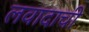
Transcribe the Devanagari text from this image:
लवादाची